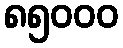
၈၅၀၀၀